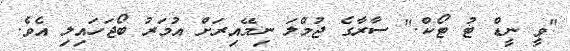
"ވީ ނީޑް ޓު ޓޯކް." ސާރާގެ ޖުމްލަ ނިމޭއިރަށް އުމަރު ބޯޖަހައިލި އެވެ.